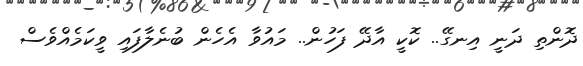
ދޮންތި ދަނީ އިނގޭ.. ކޮކީ އާދޭ ފަހުން.. މައުވާ އެހެން ބުނެލާފައި ވީކަމެއްވެސް